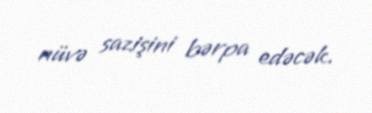
nüvə sazişini bərpa edəcək.